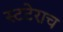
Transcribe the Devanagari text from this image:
स्टटेराच